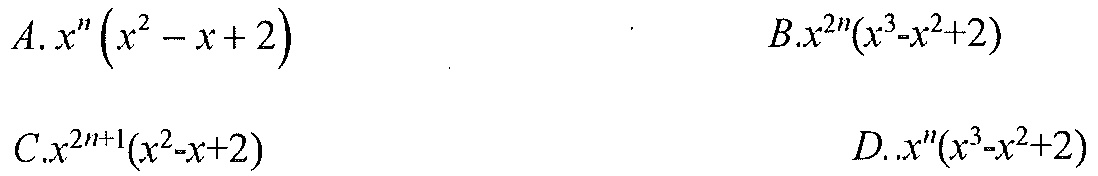
\(A.x^{n}\left(x^{2}-x + 2\right)\)  \(B.x^{2n}(x^{3}-x^{2}+2)\)
\(C.x^{2n + 1}(x^{2}-x + 2)\)  \(D..x^{n}(x^{3}-x^{2}+2)\)